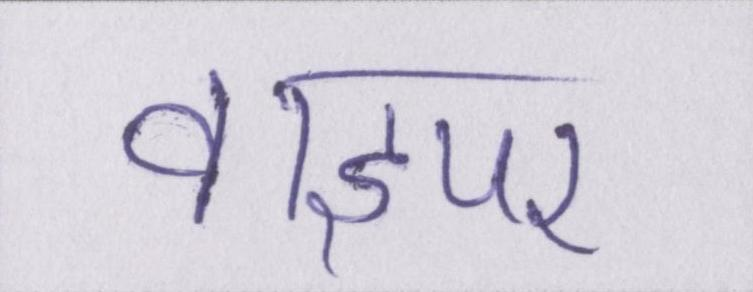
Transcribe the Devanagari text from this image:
वाइपर